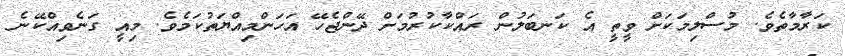
ކަރާމާތެވެ. މުސްލިމަކަށް ވީތީ އެ ކަނބަލުން ރައްކާކުރުމަށް ދޭންޖެހޭ އަހަންމިއްޔަތުކަމެވެ. މިއީ ގަނެވިއްކޭނެ